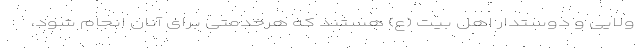
ولایی و دوستدار اهل بیت (ع) هستند که هرخدمتی برای آنان انجام شود،